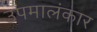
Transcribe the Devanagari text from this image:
उपमालंकार